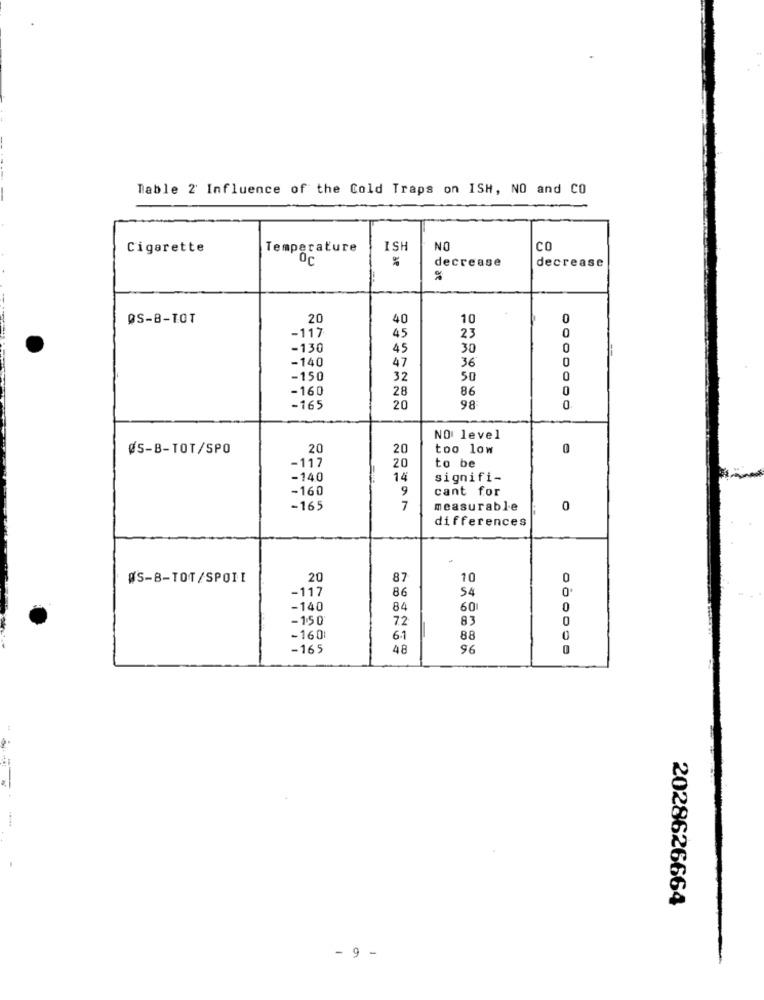
Table 2 Influence of the Cold Traps on ISH, NO and CO
Cigarette
Temperature
ISH
NO
CO
Oc
decrease
decrease
ØS-B-TOT
20
40
10
0
-117
45
23
0
-130
45
30
0
-140
47
36
0
-150
32
50
0
-160
28
86
0
-165
20
98:
0
NO level
ØS-B-TOT/SPO
20
20
too low
0
-117
20
to be
-140
14
signifi-
-160
9
cant for
-165
7
measurable
0
differences
WS-B-TOT/SPOII
20
87
10
0
-117
86
54
-140
84
601
0
-150
72
83
0
-160
6.1
88
0
-165
48
96
2028626664
- 9 -